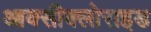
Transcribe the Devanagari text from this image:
आक्‍सीक्‍लोराइड